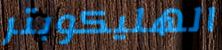
الهليكوبتر